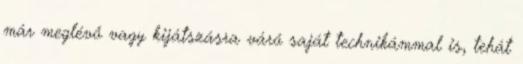
már meglévő vagy kijátszásra váró saját technikámmal is, tehát